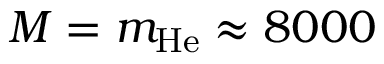
M = m _ { \mathrm { H e } } \approx 8 0 0 0